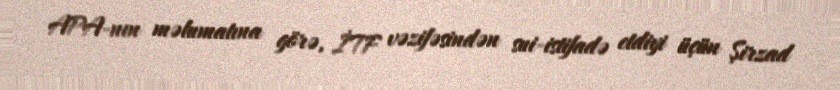
APA-nın məlumatına görə, İTF vəzifəsindən sui-istifadə etdiyi üçün Şirzad